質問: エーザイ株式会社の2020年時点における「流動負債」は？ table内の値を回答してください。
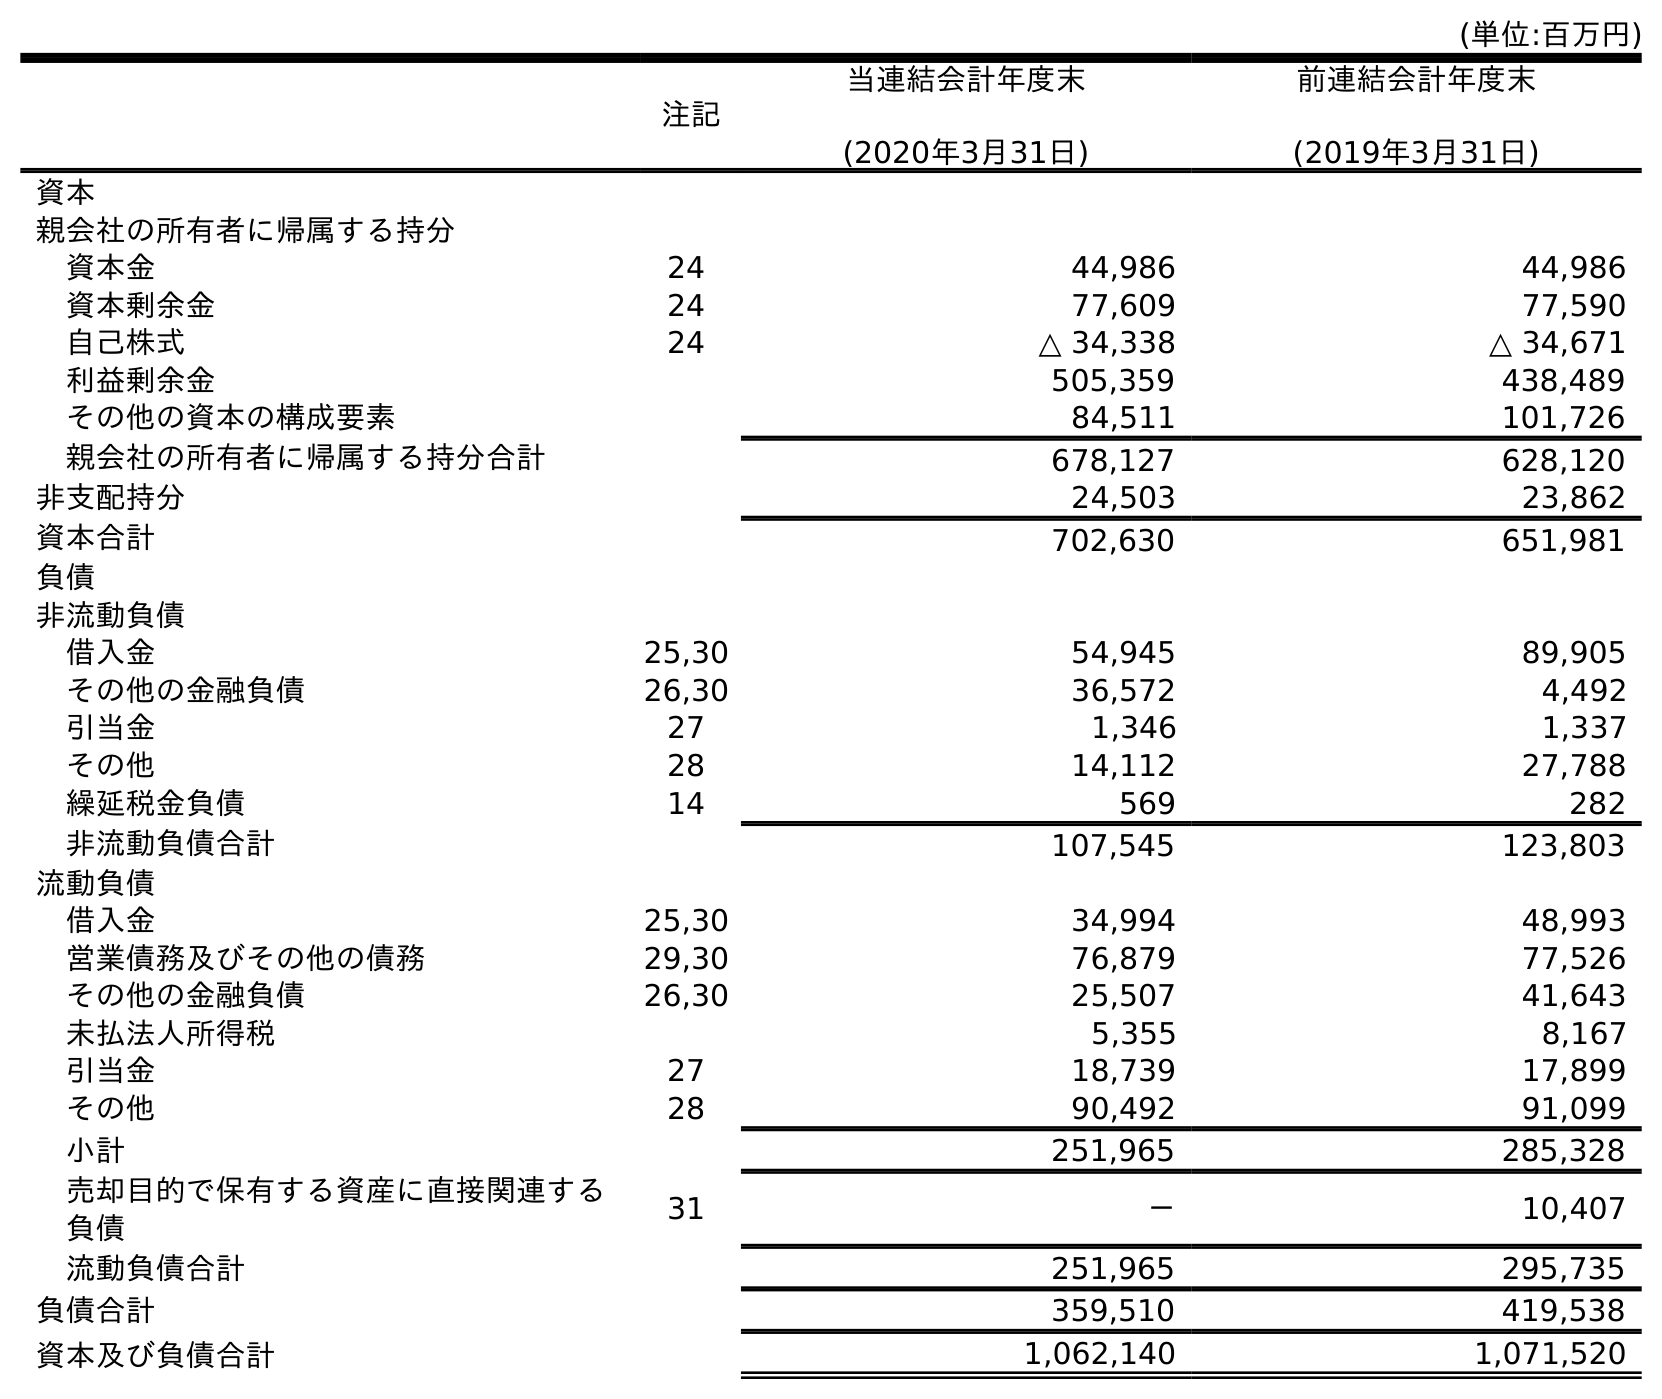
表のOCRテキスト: (単位:百万円) 注記 当連結会計年度末 (2020年3月31日) 前連結会計年度末 (2019年3月31日) 資本 親会社の所有者に帰属する持分 資本金 24 44,986 44,986 資本剰余金 24 77,609 77,590 自己株式 24 △ 34,338 △ 34,671 利益剰余金 505,359 438,489 その他の資本の構成要素 84,511 101,726 親会社の所有者に帰属する持分合計 678,127 628,120 非支配持分 24,503 23,862 資本合計 702,630 651,981 負債 非流動負債 借入金 25,30 54,945 89,905 その他の金融負債 26,30 36,572 4,492 引当金 27 1,346 1,337 その他 28 14,112 27,788 繰延税金負債 14 569 282 非流動負債合計 107,545 123,803 流動負債 借入金 25,30 34,994 48,993 営業債務及びその他の債務 29,30 76,879 77,526 その他の金融負債 26,30 25,507 41,643 未払法人所得税 5,355 8,167 引当金 27 18,739 17,899 その他 28 90,492 91,099 小計 251,965 285,328 売却目的で保有する資産に直接関連する 負債 31 － 10,407 流動負債合計 251,965 295,735 負債合計 359,510 419,538 資本及び負債合計 1,062,140 1,071,520
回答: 251,965